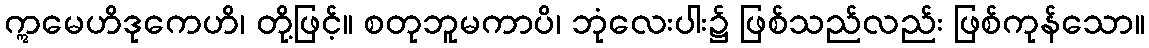
ဣမေဟိဒုကေဟိ၊ တို့ဖြင့်။ စတုဘူမကာပိ၊ ဘုံလေးပါး၌ ဖြစ်သည်လည်း ဖြစ်ကုန်သော။